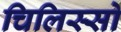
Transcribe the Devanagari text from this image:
चिलिस्सो